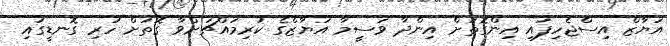
އަޔާޒް އިސްޖެހިފައި އިންގޮތަށް އިންދާ ވަސީމާ އަޔާޒްގެ ކުރިމައްޗަށްވާ ގޮތަށް ހުރި ގޮނޑީގައި